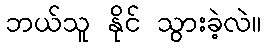
ဘယ်သူ နိုင် သွားခဲ့လဲ။